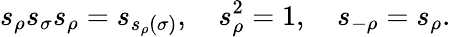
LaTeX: {s}_{\rho}{s}_{\sigma}{s}_{\rho}={s}_{s_{\rho}(\sigma)},\quad{s}_{\rho}^{2}=1,\quad{s}_{-\rho}={s}_{\rho}.